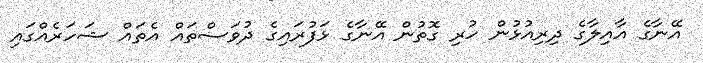
އޭނާގެ އާއިލާގެ ދިރިއުޅުން ހުރި ގޮތުން އޭނާގެ ޅަފުރައިގެ ދުވަސްތައް އެތައް ޝަހަރެއްގައި